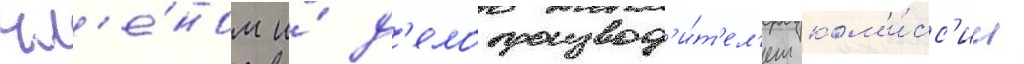
чл'е́ном и́ д'елопроизвод'и́т'ел'ем ком'и́сс'ии